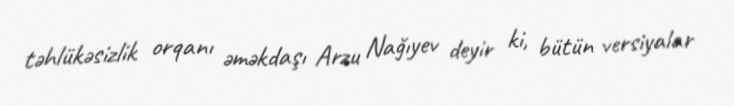
təhlükəsizlik orqanı əməkdaşı Arzu Nağıyev deyir ki, bütün versiyalar